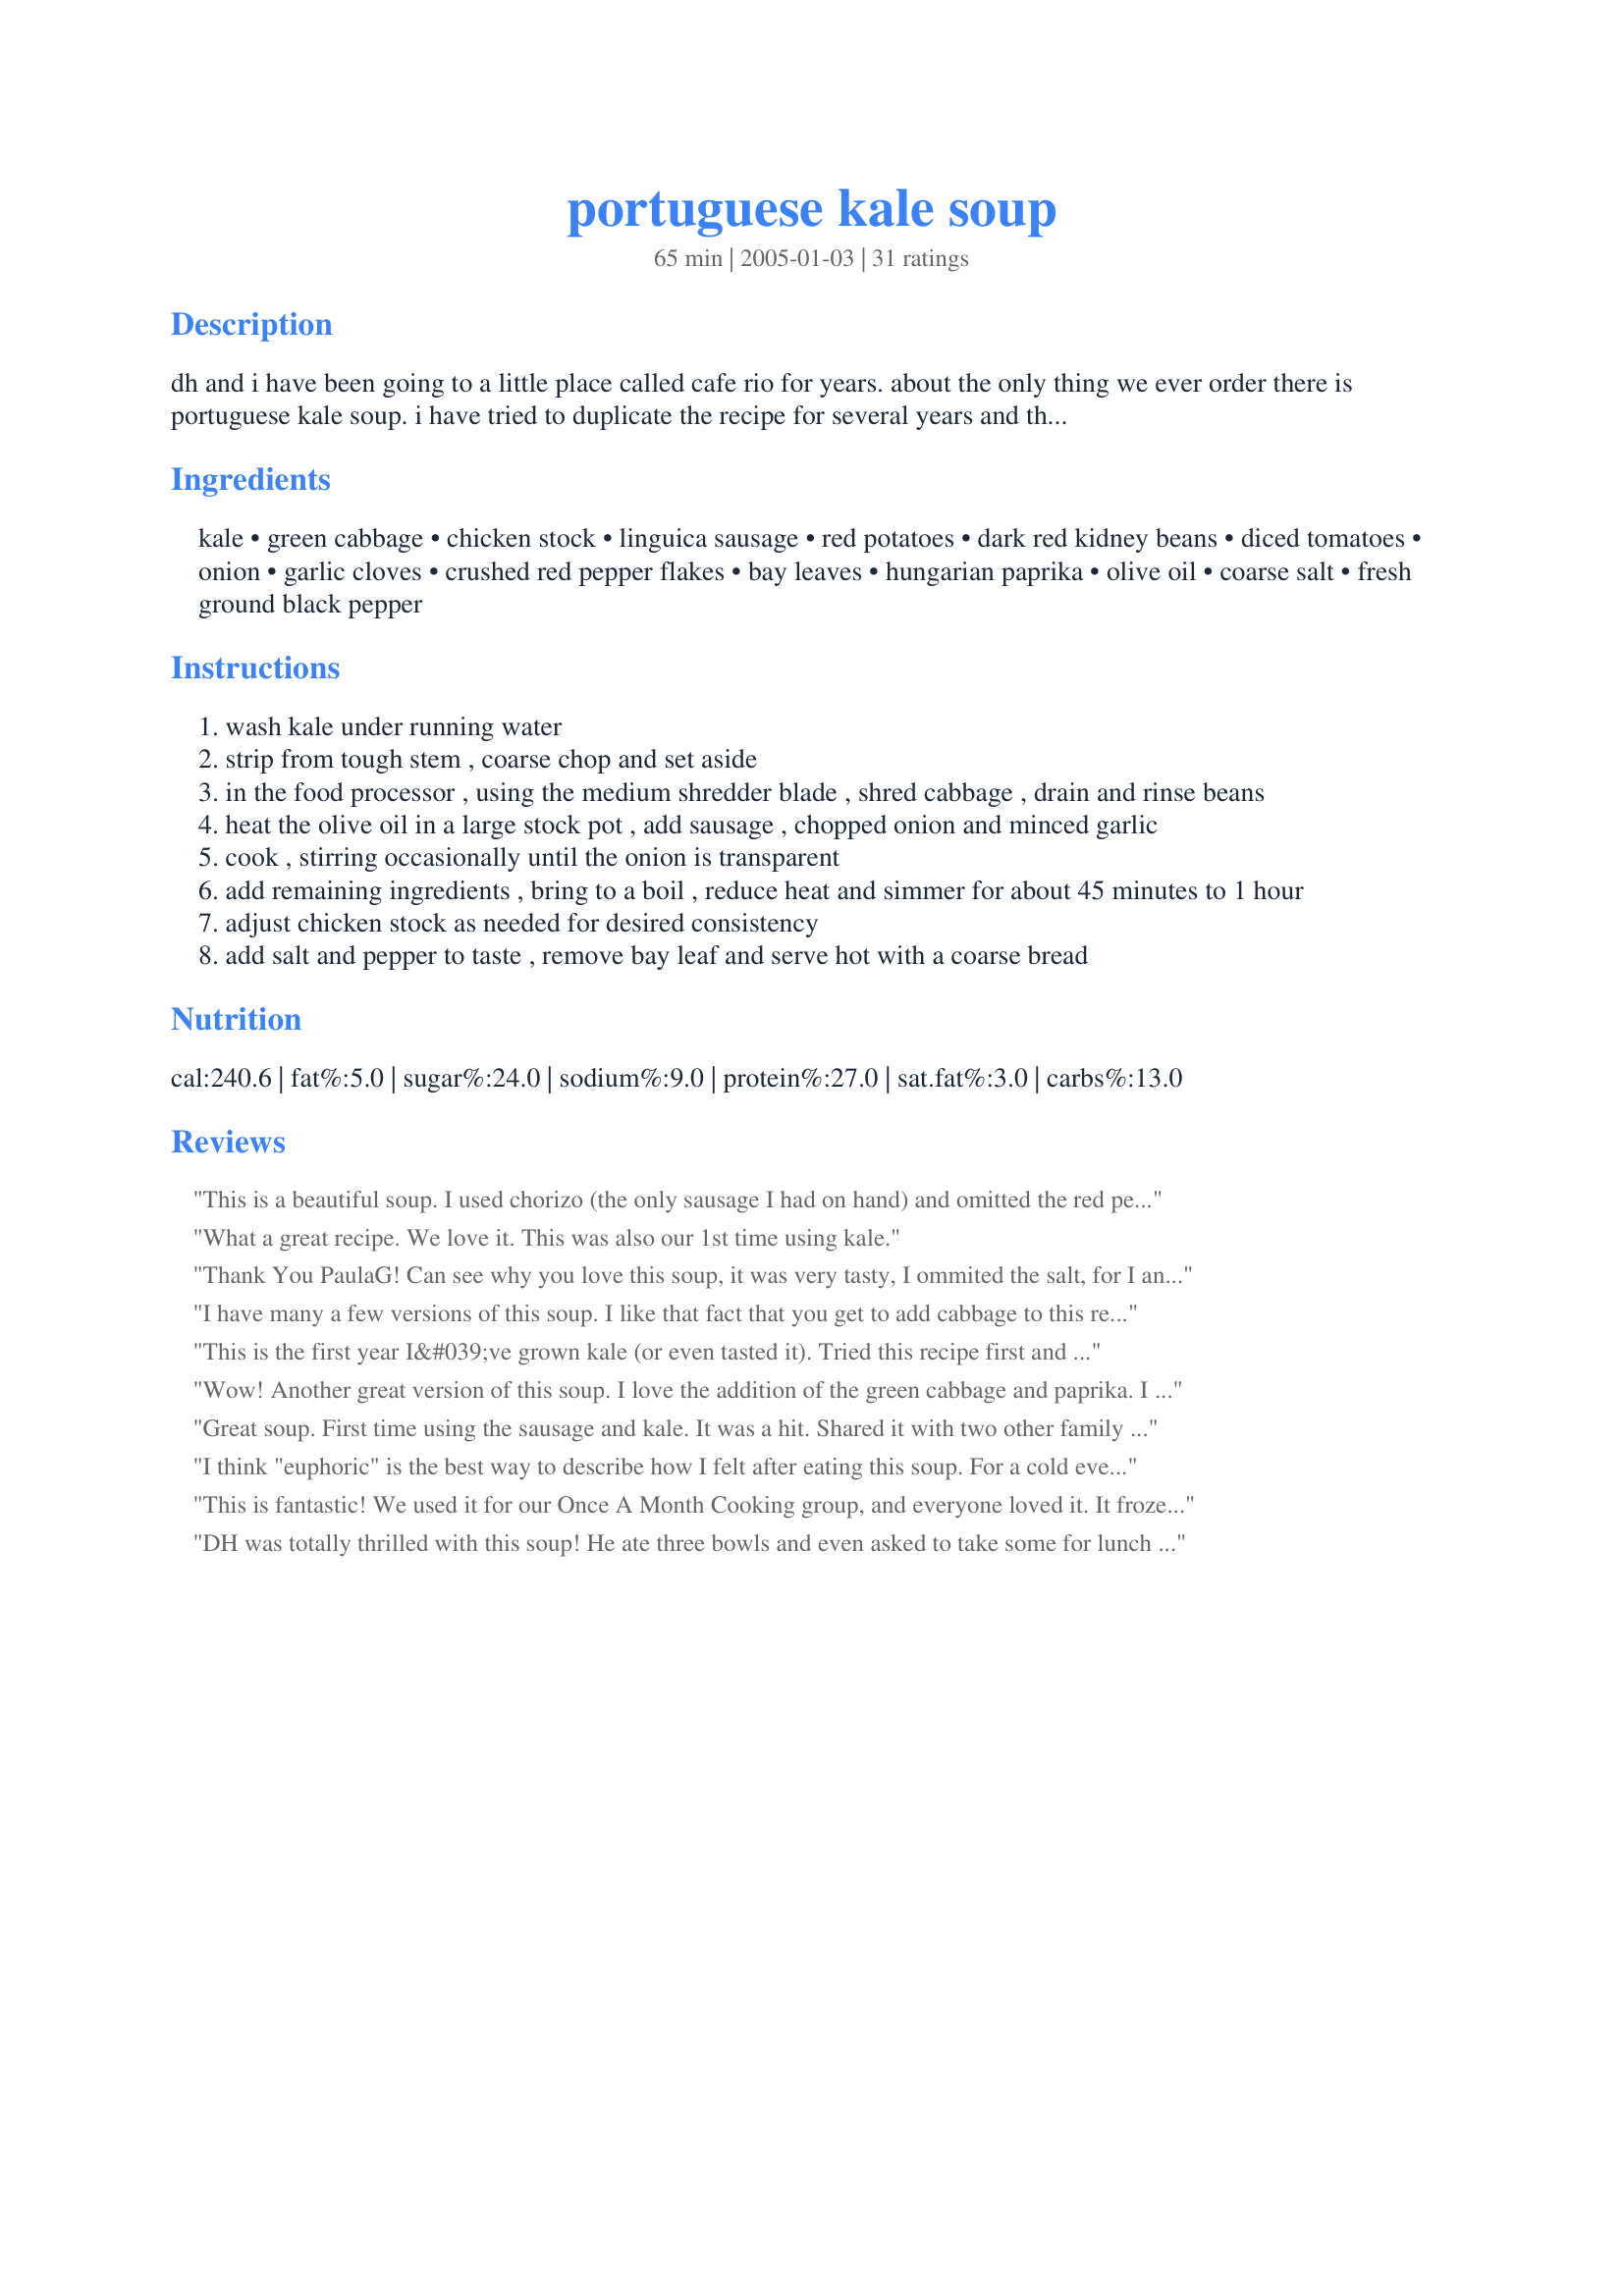
portuguese kale soup
Preparation time: 65 minutes

dh and i have been going to a little place called cafe rio for years. about the only thing we ever order there is portuguese kale soup. i have tried to duplicate the recipe for several years and this is as close as it gets. the linguica sausage is a must.

Ingredients:
kale, green cabbage, chicken stock, linguica sausage, red potatoes, dark red kidney beans, diced tomatoes, onion, garlic cloves, crushed red pepper flakes, bay leaves, hungarian paprika, olive oil, coarse salt, fresh ground black pepper

Steps:
wash kale under running water
strip from tough stem , coarse chop and set aside
in the food processor , using the medium shredder blade , shred cabbage , drain and rinse beans
heat the olive oil in a large stock pot , add sausage , chopped onion and minced garlic
cook , stirring occasionally until the onion is transparent
add remaining ingredients , bring to a boil , reduce heat and simmer for about 45 minutes to 1 hour
adjust chicken stock as needed for desired consistency
add salt and pepper to taste , remove bay leaf and serve hot with a coarse bread

Reviews:
This is a beautiful soup. I used chorizo (the only sausage I had on hand) and omitted the red pepper and paprika - plenty of that in the sausage. Also, I had turnip greens and no kale. The turnip greens were young and fresh and they blended wonderfully with the cabbage. Thanks for posting!
What a great recipe. We love it. This was also our 1st time using kale.
Thank You PaulaG!
Can see why you love this soup, it was very tasty, I ommited the salt, for I an extra pound of the linguica sausage, and I figured that would add extra sodium, used baby white potatoes instead of reds. This was nicely spiced, not too intense.
I have many a few versions of this soup. I like that fact that you get to add cabbage to this recipe. I really liked the cabbage addition.
Thank You for another great Portuguese Kale Soup :)
This is the first year I&#039;ve grown kale (or even tasted it). Tried this recipe first and loved it. Going to grow more now! Thanks!!
Wow! Another great version of this soup. I love the addition of the green cabbage and paprika. I can't wait to try this one too.
Great soup. First time using the sausage and kale. It was a hit. Shared it with two other family households. The flavor was excellent. Added 1 lb of ground turkey with the sausage and onions. Also added mushrooms and chopped chipolote for more added spice. Didn't need to add salt. Loved that factor. Thanks for sharing.
I think "euphoric" is the best way to describe how I felt after eating this soup. For a cold evening, this soup is just perfect. A reviewer for another recipe said that the flavors of kale and chorizo are heavenly together, so I used chorizo in my soup instead. It was OUTSTANDING. I used really good chorizo (from Spain), so that probably factored in a little, but I think the combination of other flavors all work perfectly together. I added more garlic and red pepper flakes, and that gave the soup more heat, which we like. Thanks for an excellent recipe!
This is fantastic! We used it for our Once A Month Cooking group, and everyone loved it. It froze wonderfully, and made a bunch. Thank you.
DH was totally thrilled with this soup! He ate three bowls and even asked to take some for lunch the next day. It took a bit to find the linguica, but I perservered and eventually found it in one of our stores. I used spanish onion and smoked spanish paprika. We served it with portuguese white bread. Made for Las Mistico Magicos Sirenas of ZWT 5.
This is one of my favorite soups to make. I have made it now regularly and it keeps getting easier and better each time. I use cherizo instead of linguia. I also omit the beans. I sometimes to cut corners I have used frozen kale which works fine. I also add more red pepper as it is cold here in New Hampshire.Its a really yummy and inexpensive meal. I serve it with crusty bread. It freezes ok (except for the potatoes. Thanks for the great recipe.
Excellent! Although we've been feeding our desert tortoise kale for years, this is our first time to try it. We really enjoyed the soup. Thank you.
Clear five stars - a wonderful, delicious soup! I didn't use linguica sausage because I couldn't get it, but it was great with a similar sausage. This definitely will be a keeper!<br/>Made for January Warm-Ups in the Diabetes Forum.
I just LOVE this recipe and make it a lot. Lately I&#039;ve been experimenting with it a bit...I&#039;ve never had access to the type of sausage listed for the recipe so i always use chorizo, and take it out of the casing and crumble. Since chorizo is already pretty spicy, usually don&#039;t add the additional red pepper. Tonight I added half a shredded rotisserie chicken, carrots, and used half beef and half chicken stock, which I think will give it a bit of a richer flavor. Thanks so much this is definitely one of my all-time faves!
We eat at this restaurant when we are in Ruidoso and always order this soup. This recipe is very close to theirs and it is wonderful. I cut back on the red pepper a little and it is still pretty spicy which we love.
Simply delicious and authentic. I made it exactly as written, and was thrilled. I will be enjoying this many times in the future. Made for ZWT5.
Even though I couldn't find the linguica sausage, this turned out great. Spicy and flavorful!
I've made this twice. First time I used hot polish and Italian sausage (is all I could find), Second I just sauteed chicken breast. Both times added half can of chipoltes along with sauce to spice it up, while using low or no salt added ingredients. It's great!!
Really liked this stoup. Loved how thick and nice it was. Cut my kale small so was easy to eat. I added orzo rather than potatoes and spicy pork sausage. Yumm....
I didn't make this exactly as I was suposed to - I used dh's homemade kielbasa, I had a HUGE bunch of kale so I omitted the cabbage & I didn't have the beans. BUT, it's a wonderful soup with loads of flavor. I added the kale the last 20 minutes of cooking which was plenty of time; I'll probably only cook it 15 minutes next time. 6c of broth was enough but maybe I'll add the other 2c next time just cuz I love broth. ;) Wonderful stuff!!!
Had nothing but praise from friends and co-workers. Best Portuguese Soup they have ever tasted. I added some Beef Shanks cooking with it and added just a touch to the flavor.
Thanks!
I made this today for dinner. It has become cold and rainy in Buffalo and this soup was filling and comforting. I didn't add potatoes but used butternut squash instead. I also did not use broth (too much salt), I just used water. The spices from the chorizo and other spices made the soup tasty and spicy. Great soup that I plan to make over and over again!
This is one of my go-to soups. I love it. The whole family loves it. It's full and hearty and super healthy!
I'm Portuguese from MA/RI and I've been making this soup for over 35 yrs and this recipe is the closest to mine but it's still VERY different. In all my life I've never heard of putting tomatoes in this soup, or using chicken broth like most of these other recipes suggest. Every place I've ever eaten it made it the way I do. It should be more like a stew than a soup and it takes HOURS to cook and ideally should be slow cooked or crock potted and eaten the 2nd day to allow the flavor to mature. There are NO spices added other than salt and pepper to taste. I prefer Chourico over Linguica because it's so much more spicy and flavorful. Linguica is kind of bland in my opinion. My family has always made this soup w/chourico and beef. I'm going to post my recipe right after I finish this review.<br/><br/>For those of you who can't find Chourico and Linguica... I believe you can order it directly from Furtado's or Gaspar's. Anyone who lives in FL.... you can find Gaspar's at Publix. Sorry but there IS no substitute for Portuguese sausage because it's not really "sausage" which is made from ground meat. Chourico is made from chunks of meat and fat stuffed into a casing and is hard.... almost like salami. Spanish/Mexican Chorizo is NOT the same and tastes NOTHING like Chourico. Not even the same texture.<br/><br/> This is supposed to be a very simple, minimal ingredient soup/stew.
Excellent soup for using kale. All chopping was done by hand and soup was very easy to make. Thanks for sharing PaulaG!
Mm I love this soup. I didn't follow it exactly since I had lots of leftovers that I added to the soup. I had used some ground pork instead of the sausage, and black beans instead of kidney, which gave the soup a nice dark colour. I also threw in some rice near the end, and with the rice, potato, and beans, the soup had a really nice thick consistency. I also used some spicy salsa instead of tomatoes and it gave the soup a little kick, as well as some extra herbs. This soup is perfect for those cold winter nights, and very filling too!
Not bad for guessing- just replace the chicken broth with a beef shin bone or if necessary beef broth.
I bought a bunch of kale for our iguana, only to find out he doesn't really love it and can only safely have it occasionally. So, I decided to search for a recipe to use it instead of being wasteful! This is where I ended up ... we now have a huge pot of BEAUTIFUL, very TASTY soup! I couldn't find the linguica sausage, so I used a lite (low-fat) smoked sausage and browned it real good with the onions and garlic! YUMMY! 
..................
I will have to amend my review just a bit ... I had typed that up before everyone tasted it. We have 3 teen boys, one of which is very picky about veggies and fruits (will almost never try). He looked into the pot and said, "What is that?!" I said, "It's a new soup; just try it. I think you'll be surprised, but if not, you don't have to eat it because I also have chicken & dumplin's almost ready." He tasted it and replied, "It is good!" He ate a big bowl of it! Everyone (all six of us) LOVED it! Thanks again!

This soup is very delicious and very filling. I used 1lb of Italian turkey sausage and 1lb turkey kelbasa instead of the linguica. I used regular russet potatoes as that's what I had on hand. I don't care for overcooked cabbage or kale so I added those the last 15 minutes of cooking. I used 6 cups of homemade stock and the soup was nice, thick, and hearty. I will make this again and again. Thanks for sharing this recipe.
Thanks so much for the fantastic recipe. This is a winter time staple in our home. We have had friends try it too and it's defintely a favorite.
I'm doing the low carb thing, so no bread or potatoes for me. I swapped black beans for red, chard instead of cabbage and chicken sausage instead of linguica. Yum!
